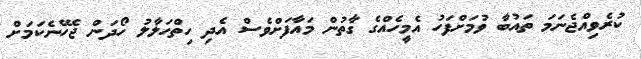
ކުރެވިއްޖެނަމަ ތައުބާ ވުމަށްފަހު އެމީހެއްގެ ގާތުން މައާފަށްވެސް އެދި ހިތްހަލާލު ހޯދަން ޖެހޭނެކަމަށް